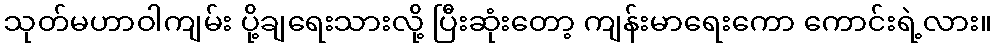
သုတ်မဟာဝါကျမ်း ပို့ချရေးသားလို့ ပြီးဆုံးတော့ ကျန်းမာရေးကော ကောင်းရဲ့လား။